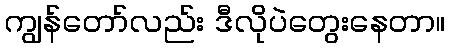
ကျွန်တော်လည်း ဒီလိုပဲတွေးနေတာ။